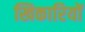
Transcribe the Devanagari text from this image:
खिकारियों